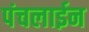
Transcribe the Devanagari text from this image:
पंचलाईन